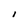
Character: I